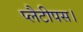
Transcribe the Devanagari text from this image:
प्लैटीपस।